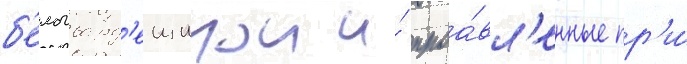
б'елогвард'еищинои и́ проа́вл'енные пр'и́